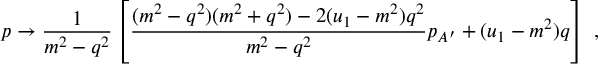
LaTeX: p \rightarrow \frac { 1 } { m ^ { 2 } - q ^ { 2 } } \left[ \frac { ( m ^ { 2 } - q ^ { 2 } ) ( m ^ { 2 } + q ^ { 2 } ) - 2 ( u _ { 1 } - m ^ { 2 } ) q ^ { 2 } } { m ^ { 2 } - q ^ { 2 } } p _ { A ^ { \prime } } + ( u _ { 1 } - m ^ { 2 } ) q \right] ~ ,